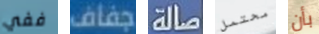
ففي جفاف صالة محتمل بأن